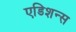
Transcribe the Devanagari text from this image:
एडिशन्स